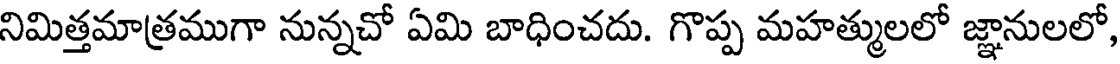
నిమిత్తమాత్రముగా నున్నచో ఏమి బాధించదు. గొప్ప మహత్ములలో జ్ఞానులలో,